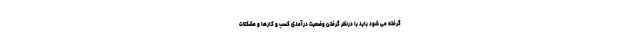
گرفته می شود باید با درنظر گرفتن وضعیت درآمدی کسب و کارها و مشکلات